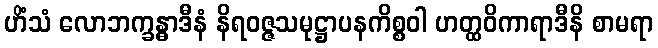
ဟိံသံ လောဘက္ခန္ဓာဒီနံ နိရဝဇ္ဇသမုဋ္ဌာပနကိစ္စဝါ ဟတ္ထဝိကာရာဒီနိ စာမရာ